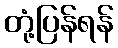
တုံ့ပြန်ရန်